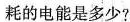
耗的电能是多少?